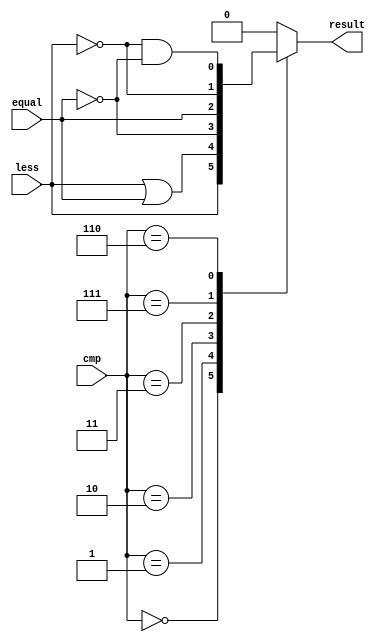
// 0516003 

module compare(
	less,		//1bit (input)
	equal,	//1bit (input)
	cmp,		//3bit compare code(input)
	result	//1bit (output)
);

input				less;
input				equal;
input	[3-1:0]	cmp;
output 			result;

reg result;

always @(*)
begin
	case(cmp)
		3'b000:	result=less;
		3'b001:	result=less|equal;
		3'b010:	result=~equal;
		3'b011:	result=equal;
		3'b111:	result=~less;
		3'b110:	result=(~less)&(~equal);
		default:	result=0;
	endcase
end

endmodule